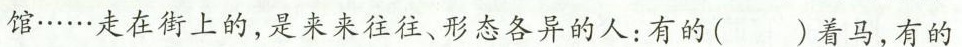
馆……走在街上的，是来来往往、形态各异的人：有的（）着马，有的